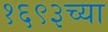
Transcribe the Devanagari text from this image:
१६९३च्या